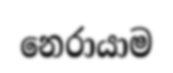
නෙරායාම